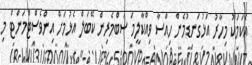
އެކަމަކު މިހާރު އަޅުގަނޑުމެން ހިއްސާ ވިއްކާލީމަ ސަބްމެރިން ކޭބަލް އެޅުމަށް އިންވެސްޓްމަންޓް މި